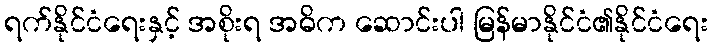
ရက်နိုင်ငံရေးနှင့် အစိုးရ အဓိက ဆောင်းပါ မြန်မာနိုင်ငံ၏နိုင်ငံရေး